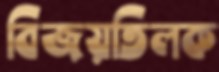
বিজয়তিলক